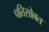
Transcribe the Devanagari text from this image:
पतिसोबत